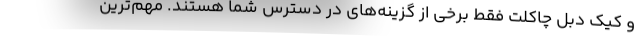
و کیک دبل چاکلت فقط برخی از گزینه‌های در دسترس شما هستند. مهم‌ترین